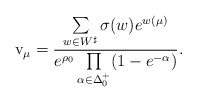
\begin{align*}\mathrm{v}_\mu= \frac{\sum\limits_{w\in W^\sharp}\sigma(w) e^{w(\mu)}}{e^{\rho_0}\prod\limits_{\alpha\in\Delta_0^+}(1-e^{-\alpha})}.\end{align*}